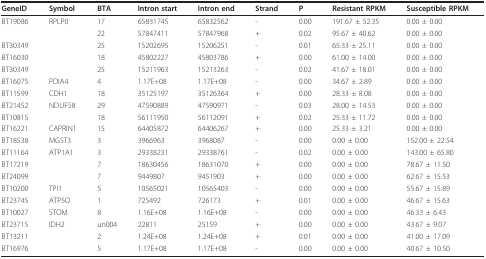
<table><thead><tr><td><b>GeneID</b></td><td><b>Symbol</b></td><td><b>BTA</b></td><td><b>Intron start</b></td><td><b>Intron end</b></td><td><b>Strand</b></td><td><b>P</b></td><td><b>Resistant RPKM</b></td><td><b>Susceptible RPKM</b></td></tr></thead><tbody><tr><td>BT19086</td><td>RPLP0</td><td>17</td><td>65831745</td><td>65832562</td><td>-</td><td>0.00</td><td>191.67 ± 52.35</td><td>0.00 ± 0.00</td></tr><tr><td></td><td></td><td>22</td><td>57847411</td><td>57847968</td><td>+</td><td>0.02</td><td>95.67 ± 40.62</td><td>0.00 ± 0.00</td></tr><tr><td>BT30349</td><td></td><td>25</td><td>15202695</td><td>15206251</td><td>-</td><td>0.01</td><td>65.33 ± 25.11</td><td>0.00 ± 0.00</td></tr><tr><td>BT16030</td><td></td><td>18</td><td>45802227</td><td>45803786</td><td>+</td><td>0.00</td><td>61.00 ± 14.00</td><td>0.00 ± 0.00</td></tr><tr><td>BT30349</td><td></td><td>25</td><td>15211963</td><td>15213263</td><td>-</td><td>0.02</td><td>41.67 ± 18.01</td><td>0.00 ± 0.00</td></tr><tr><td>BT16075</td><td>PDIA4</td><td>4</td><td>1.17E+08</td><td>1.17E+08</td><td>-</td><td>0.00</td><td>34.67 ± 2.89</td><td>0.00 ± 0.00</td></tr><tr><td>BT11599</td><td>CDH1</td><td>18</td><td>35125197</td><td>35126364</td><td>+</td><td>0.00</td><td>28.33 ± 8.08</td><td>0.00 ± 0.00</td></tr><tr><td>BT21452</td><td>NDUFS8</td><td>29</td><td>47590889</td><td>47590971</td><td>-</td><td>0.03</td><td>28.00 ± 14.53</td><td>0.00 ± 0.00</td></tr><tr><td>BT10815</td><td></td><td>18</td><td>56111950</td><td>56112091</td><td>+</td><td>0.02</td><td>25.33 ± 11.72</td><td>0.00 ± 0.00</td></tr><tr><td>BT16221</td><td>CAPRIN1</td><td>15</td><td>64405872</td><td>64406267</td><td>+</td><td>0.00</td><td>25.33 ± 3.21</td><td>0.00 ± 0.00</td></tr><tr><td>BT18538</td><td>MGST3</td><td>3</td><td>3966963</td><td>3968087</td><td>-</td><td>0.00</td><td>0.00 ± 0.00</td><td>152.00 ± 22.54</td></tr><tr><td>BT11164</td><td>ATP1A1</td><td>3</td><td>29338231</td><td>29338761</td><td>-</td><td>0.02</td><td>0.00 ± 0.00</td><td>143.00 ± 65.80</td></tr><tr><td>BT17219</td><td></td><td>7</td><td>18630456</td><td>18631070</td><td>+</td><td>0.00</td><td>0.00 ± 0.00</td><td>78.67 ± 11.50</td></tr><tr><td>BT24099</td><td></td><td>7</td><td>9449807</td><td>9451903</td><td>+</td><td>0.00</td><td>0.00 ± 0.00</td><td>62.67 ± 15.53</td></tr><tr><td>BT10200</td><td>TPI1</td><td>5</td><td>10565021</td><td>10565403</td><td>-</td><td>0.00</td><td>0.00 ± 0.00</td><td>55.67 ± 15.89</td></tr><tr><td>BT23745</td><td>ATP5O</td><td>1</td><td>725492</td><td>726173</td><td>+</td><td>0.01</td><td>0.00 ± 0.00</td><td>46.67 ± 15.63</td></tr><tr><td>BT10027</td><td>STOM</td><td>8</td><td>1.16E+08</td><td>1.16E+08</td><td>-</td><td>0.00</td><td>0.00 ± 0.00</td><td>46.33 ± 6.43</td></tr><tr><td>BT23715</td><td>IDH2</td><td>un004</td><td>22811</td><td>25159</td><td>+</td><td>0.00</td><td>0.00 ± 0.00</td><td>43.67 ± 9.07</td></tr><tr><td>BT13211</td><td></td><td>2</td><td>1.24E+08</td><td>1.24E+08</td><td>+</td><td>0.01</td><td>0.00 ± 0.00</td><td>41.00 ± 17.09</td></tr><tr><td>BT16976</td><td></td><td>5</td><td>1.17E+08</td><td>1.17E+08</td><td>-</td><td>0.00</td><td>0.00 ± 0.00</td><td>40.67 ± 10.50</td></tr></tbody></table>